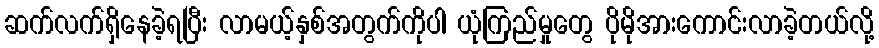
ဆက်လက်ရှိနေခဲ့ရပြီး လာမယ့်နှစ်အတွက်ကိုပါ ယုံကြည်မှုတွေ ပိုမိုအားကောင်းလာခဲ့တယ်လို့